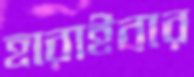
হারাইবার